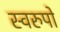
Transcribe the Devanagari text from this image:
स्वरुपो